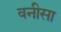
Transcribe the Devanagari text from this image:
वनीसा